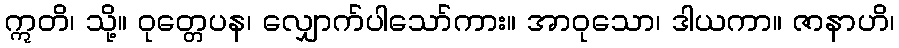
ဣတိ၊ သို့။ ဝုတ္တေပန၊ လျှောက်ပါသော်ကား။ အာဝုသော၊ ဒါယကာ။ ဇာနာဟိ၊